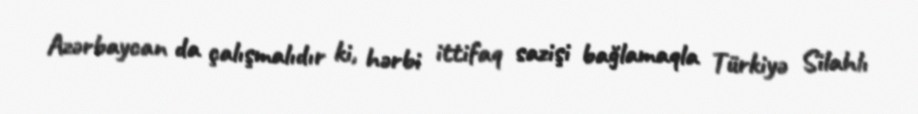
Azərbaycan da çalışmalıdır ki, hərbi ittifaq sazişi bağlamaqla Türkiyə Silahlı